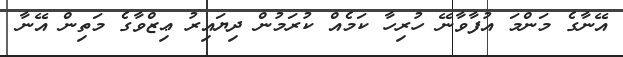
އޭނާގެ މަންމަ އުފާވާނޭ ހުރިހާ ކަމެއް ކުރަމުން ދިޔައިރު ޢިޒްވާގެ މަތިން އޭނާ